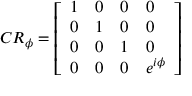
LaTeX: C R _ { \phi } = { \left[ \begin{array} { l l l l } { 1 } & { 0 } & { 0 } & { 0 } \\ { 0 } & { 1 } & { 0 } & { 0 } \\ { 0 } & { 0 } & { 1 } & { 0 } \\ { 0 } & { 0 } & { 0 } & { e ^ { i \phi } } \end{array} \right] }